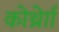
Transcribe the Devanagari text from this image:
कोर्थ्रेाा